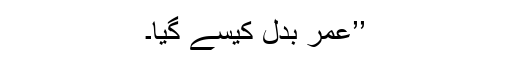
’’عمر بدل کیسے گیا۔